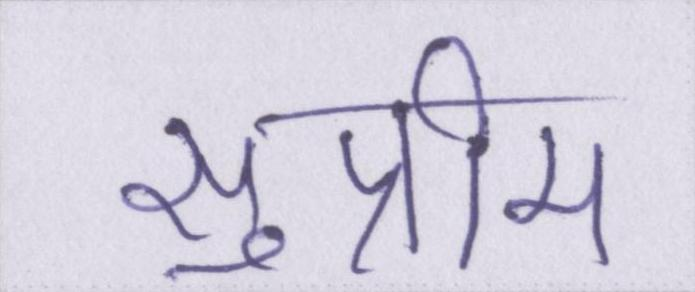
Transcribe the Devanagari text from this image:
सुप्रीम